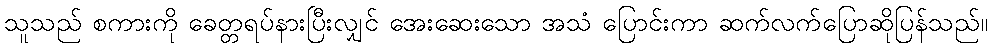
သူသည် စကားကို ခေတ္တရပ်နားပြီးလျှင် အေးဆေးသော အသံ ပြောင်းကာ ဆက်လက်ပြောဆိုပြန်သည်။